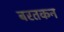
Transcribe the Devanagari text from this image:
बरतकन